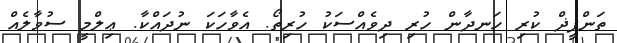
ތަންފީޛް ކުރި ހަނދާން ހުރި ދިވެއްސަކު ހުރިތޯ. އެވާހަކަ ނުދައްކާ. ޢިލްމީ ސުވާލެއް